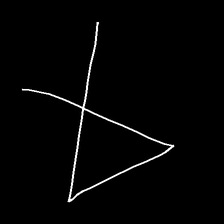
Glyph: collection